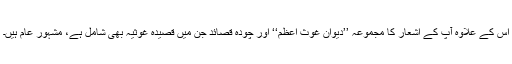
اس کے علاوہ آپ کے اشعار کا مجموعہ ’’دیوان غوث اعظم‘‘ اور چودہ قصائد جن میں قصیدہ غوثیہ بھی شامل ہے، مشہور عام ہیں۔